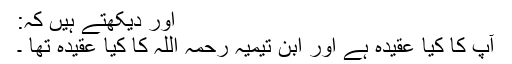
اور دیکھتے ہیں کہ:
آپ کا کیا عقیدہ ہے اور ابن تیمیہ رحمہ اللہ کا کیا عقیدہ تھا ۔